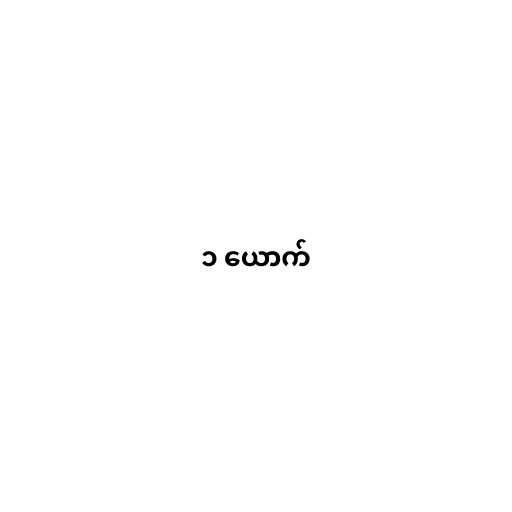
၁ ယောက်